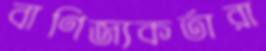
বাণিজ্যকর্তারা